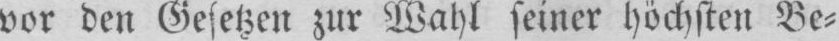
vor den Gesetzen zur Wahl seiner höchsten Be⸗